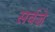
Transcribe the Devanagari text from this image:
सर्वज्ञे